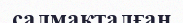
салмақталған